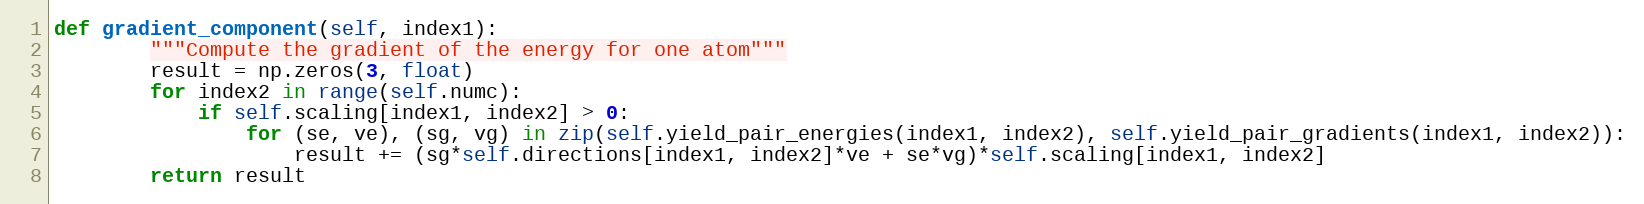
Language: Python
def gradient_component(self, index1):
        """Compute the gradient of the energy for one atom"""
        result = np.zeros(3, float)
        for index2 in range(self.numc):
            if self.scaling[index1, index2] > 0:
                for (se, ve), (sg, vg) in zip(self.yield_pair_energies(index1, index2), self.yield_pair_gradients(index1, index2)):
                    result += (sg*self.directions[index1, index2]*ve + se*vg)*self.scaling[index1, index2]
        return result